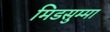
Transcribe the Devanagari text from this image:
मिडसुम्मा